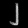
Digit: ၂